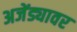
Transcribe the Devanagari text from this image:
अजेंड्यावर